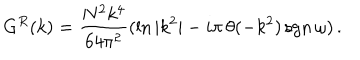
LaTeX: G ^ { R } ( k ) = { \frac { N ^ { 2 } k ^ { 4 } } { 6 4 \pi ^ { 2 } } } ( \ln { | k ^ { 2 } | } - i \pi \, \theta ( - k ^ { 2 } ) \, \mathrm { s g n } \, \omega ) \, .